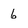
Character: 6